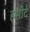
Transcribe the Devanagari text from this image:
हसीदे